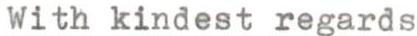
With kindest regards